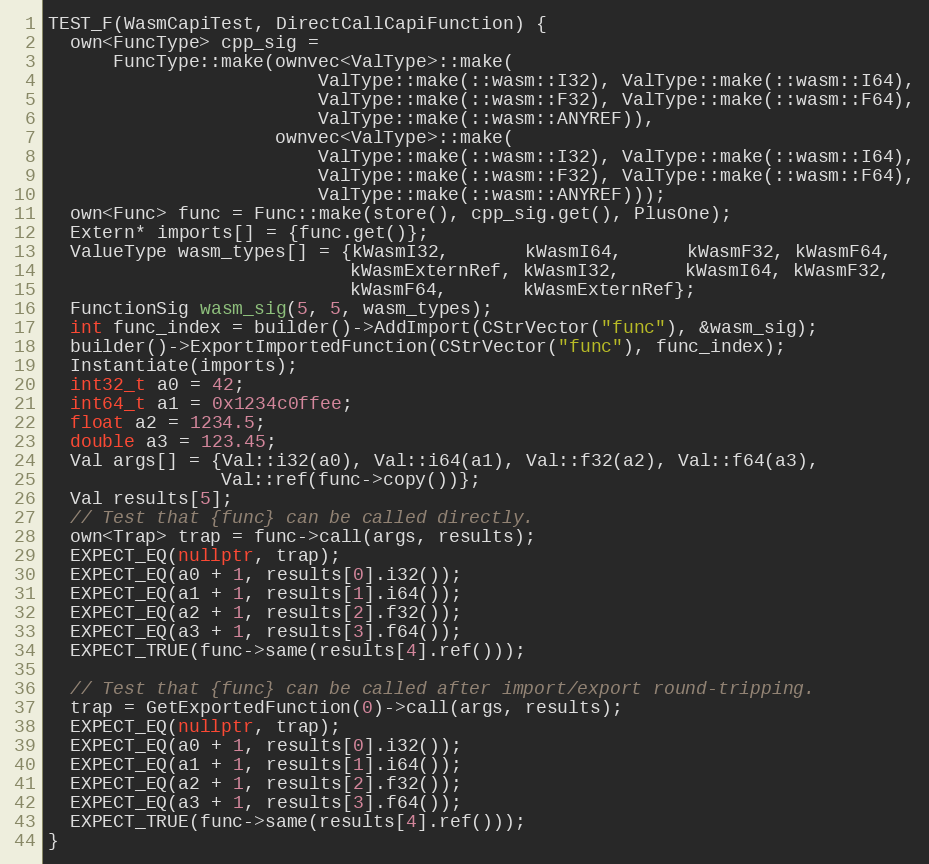
Language: C++
TEST_F(WasmCapiTest, DirectCallCapiFunction) {
  own<FuncType> cpp_sig =
      FuncType::make(ownvec<ValType>::make(
                         ValType::make(::wasm::I32), ValType::make(::wasm::I64),
                         ValType::make(::wasm::F32), ValType::make(::wasm::F64),
                         ValType::make(::wasm::ANYREF)),
                     ownvec<ValType>::make(
                         ValType::make(::wasm::I32), ValType::make(::wasm::I64),
                         ValType::make(::wasm::F32), ValType::make(::wasm::F64),
                         ValType::make(::wasm::ANYREF)));
  own<Func> func = Func::make(store(), cpp_sig.get(), PlusOne);
  Extern* imports[] = {func.get()};
  ValueType wasm_types[] = {kWasmI32,       kWasmI64,      kWasmF32, kWasmF64,
                            kWasmExternRef, kWasmI32,      kWasmI64, kWasmF32,
                            kWasmF64,       kWasmExternRef};
  FunctionSig wasm_sig(5, 5, wasm_types);
  int func_index = builder()->AddImport(CStrVector("func"), &wasm_sig);
  builder()->ExportImportedFunction(CStrVector("func"), func_index);
  Instantiate(imports);
  int32_t a0 = 42;
  int64_t a1 = 0x1234c0ffee;
  float a2 = 1234.5;
  double a3 = 123.45;
  Val args[] = {Val::i32(a0), Val::i64(a1), Val::f32(a2), Val::f64(a3),
                Val::ref(func->copy())};
  Val results[5];
  // Test that {func} can be called directly.
  own<Trap> trap = func->call(args, results);
  EXPECT_EQ(nullptr, trap);
  EXPECT_EQ(a0 + 1, results[0].i32());
  EXPECT_EQ(a1 + 1, results[1].i64());
  EXPECT_EQ(a2 + 1, results[2].f32());
  EXPECT_EQ(a3 + 1, results[3].f64());
  EXPECT_TRUE(func->same(results[4].ref()));

  // Test that {func} can be called after import/export round-tripping.
  trap = GetExportedFunction(0)->call(args, results);
  EXPECT_EQ(nullptr, trap);
  EXPECT_EQ(a0 + 1, results[0].i32());
  EXPECT_EQ(a1 + 1, results[1].i64());
  EXPECT_EQ(a2 + 1, results[2].f32());
  EXPECT_EQ(a3 + 1, results[3].f64());
  EXPECT_TRUE(func->same(results[4].ref()));
}